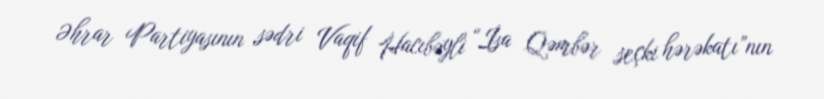
Əhrar Partiyasının sədri Vaqif Hacıbəyli “İsa Qəmbər seçki hərəkatı”nın